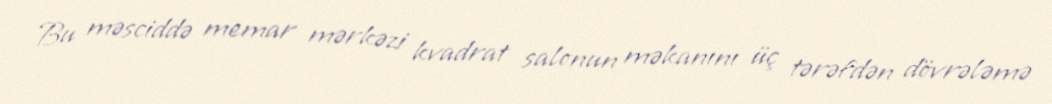
Bu məsciddə memar mərkəzi kvadrat salonun məkanını üç tərəfdən dövrələmə